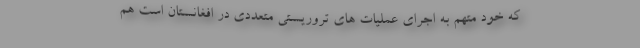
که خود متهم به اجرای عملیات های تروریستی متعددی در افغانستان است هم